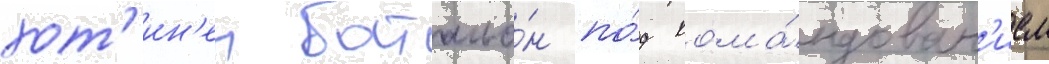
хот'ин'ен батальо́н по́д кома́ндован'ием